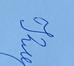
Signature authenticity: genuine